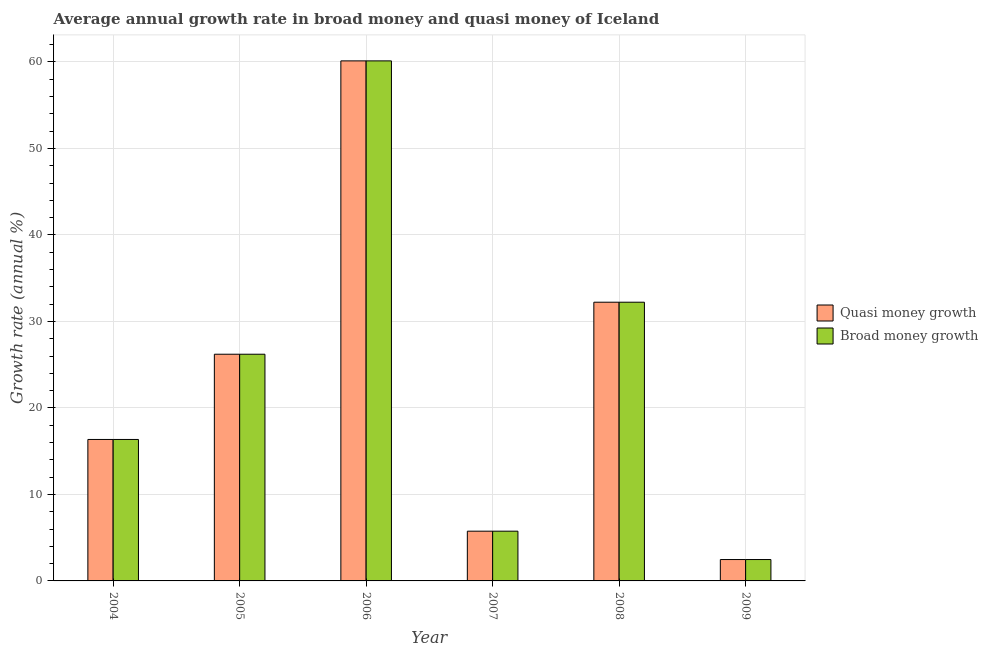
| Year | Quasi money growth | Broad money growth |
 | --- | --- | --- |
 | 2004 | 16.4 | 16.4 |
 | 2005 | 26.2 | 26.2 |
 | 2006 | 60.1 | 60.1 |
 | 2007 | 5.75 | 5.75 |
 | 2008 | 32.2 | 32.2 |
 | 2009 | 2.47 | 2.47 |